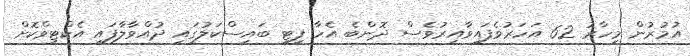
އުމުރުން މިހާރު 62 އަހަރުވެފައިވާއިރުވެސް ދޮންބެ އެހާ ފިޓީ ބައިސްކަލުގައި ދުއްވާލާފައި އެކްޓިވްކޮށް